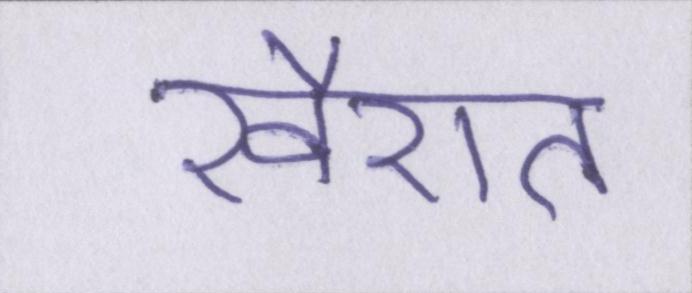
खैरात